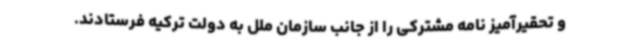
و تحقیرآمیز نامه مشترکی را از جانب سازمان ملل به دولت ترکیه فرستادند.